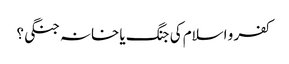
کفر و اسلام کی جنگ یا خانہ جنگی؟